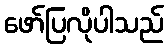
ဖော်ပြလိုပါသည်